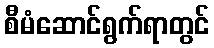
စီမံဆောင်ရွက်ရာတွင်